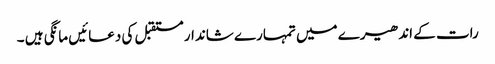
رات کے اندھیرے میں تمہارے شاندار مستقبل کی دعائیں مانگی ہیں ۔